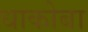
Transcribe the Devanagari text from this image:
धाकोबा